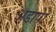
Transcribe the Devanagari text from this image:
अडापा